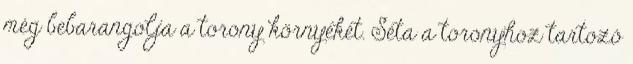
még bebarangolja a torony környékét. Séta a toronyhoz tartozó